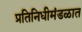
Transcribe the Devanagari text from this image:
प्रतिनिधीमंडळात